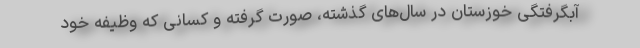
آبگرفتگی خوزستان در سال‌های گذشته، صورت گرفته و کسانی که وظیفه خود